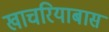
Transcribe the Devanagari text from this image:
खाचरियाबास